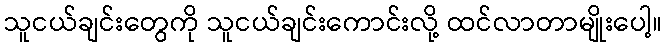
သူငယ်ချင်းတွေကို သူငယ်ချင်းကောင်းလို့ ထင်လာတာမျိုးပေါ့။